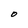
Character: O